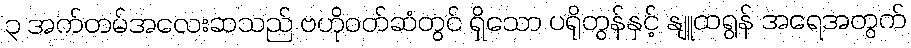
၃ အက်တမ်အလေးဆသည် ဗဟိုဝတ်ဆံတွင် ရှိသော ပရိုတွန်နှင့် နျူထရွန် အရေအတွက်